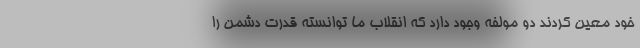
خود معین کردند دو مولفه وجود دارد که انقلاب ما توانسته قدرت دشمن را